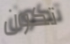
تكون